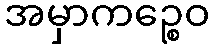
အမှာကဉ္စေဝ